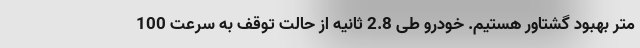
متر بهبود گشتاور هستیم. خودرو طی 2.8 ثانیه از حالت توقف به سرعت 100